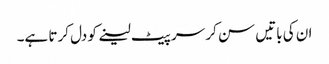
ان کی باتیں سن کر سر پیٹ لینے کو دل کرتا ہے۔